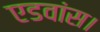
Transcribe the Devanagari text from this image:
एडवांस।